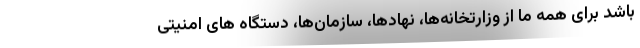
باشد برای همه ما از وزارتخانه‌ها، نهادها، سازمان‌ها، دستگاه های امنیتی